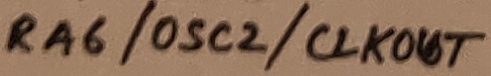
Text: RA6/OSC2/CLKOUT